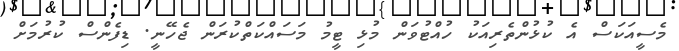
މެސީއަކަސް އެ ކުޅުންތެރިއަކު ހުއްޓުވަން މުޅި ޓީމު މަސައްކަތްކުރަން ޖެހޭނީ. ޑިފެންސް ކުރުމަށް